Insane asylums in Bengal annual reports 1867-1875 - 1867-1875
Year: 1867
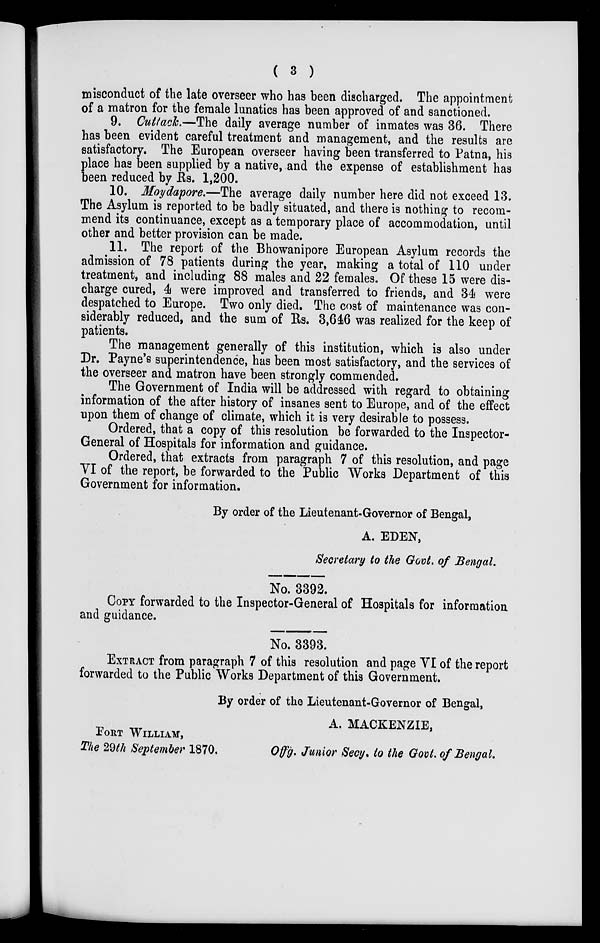
( 3 )
misconduct of the late overseer who has been discharged. The appointment
of a matron for the female lunatics has been approved of and sanctioned.
9. Cuttack.—The daily average number of inmates was 36. There
has been evident careful treatment and management, and the results are
satisfactory. The European overseer having been transferred to Patna, his
place has been supplied by a native, and the expense of establishment has
been reduced by Rs. 1,200.
10. Moydapore.—The average daily number here did not exceed 13.
The Asylum is reported to be badly situated, and there is nothing to recom-
mend its continuance, except as a temporary place of accommodation, until
other and better provision can be made.
11. The report of the Bhowanipore European Asylum records the
admission of 78 patients during the year, making a total of 110 under
treatment, and including 88 males and 22 females. Of these 15 were dis-
charge cured, 4 were improved and transferred to friends, and 34 were
despatched to Europe. Two only died. The cost of maintenance was con-
siderably reduced, and the sum of Rs. 3,646 was realized for the keep of
patients.
The management generally of this institution, which is also under
Dr. Payne's superintendence, has been most satisfactory, and the services of
the overseer and matron have been strongly commended.
The Government of India will be addressed with regard to obtaining
information of the after history of insanes sent to Europe, and of the effect
upon them of change of climate, which it is very desirable to possess.
Ordered, that a copy of this resolution be forwarded to the Inspector-
General of Hospitals for information and guidance.
Ordered, that extracts from paragraph 7 of this resolution, and page
VI of the report, be forwarded to the Public Works Department of this
Government for information.
By order of the Lieutenant-Governor of Bengal,
A. EDEN,
Secretary to the Govt. of Bengal.
No. 3392.
COPY forwarded to the Inspector-General of Hospitals for information
and guidance.
No. 3393.
EXTRACT from paragraph 7 of this resolution and page VI of the report
forwarded to the Public Works Department of this Government.
By order of the Lieutenant-Governor of Bengal,
FORT WILLIAM,
The 29th September 1870.
A. MACKENZIE,
Offg. Junior Secy, to the Govt. of Bengal.